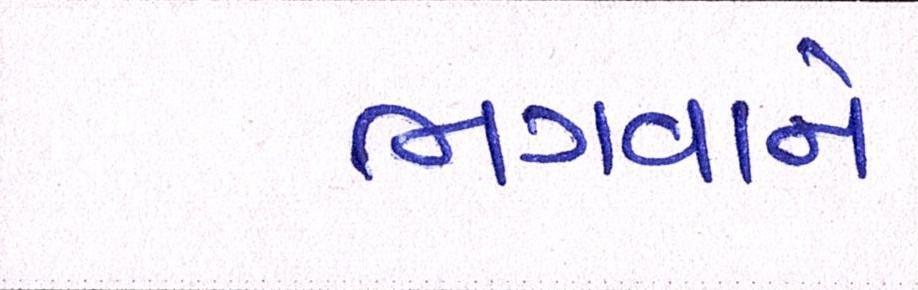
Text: ભગવાને